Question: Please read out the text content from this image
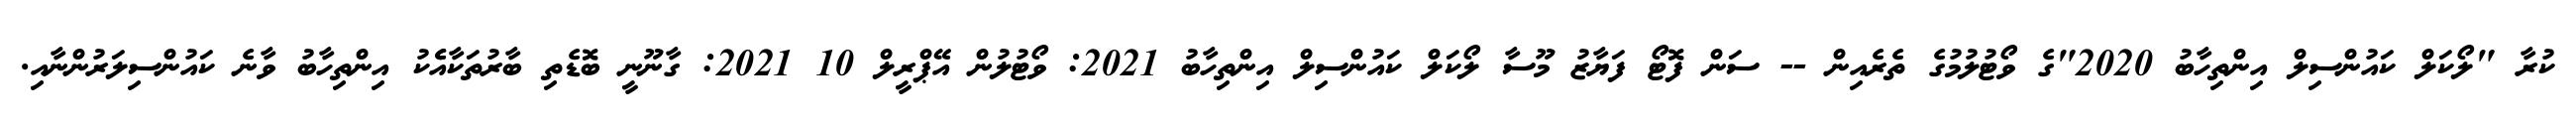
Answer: ކުރާ "ލޯކަލް ކައުންސިލް އިންތިހާބު 2020"ގެ ވޯޓުލުމުގެ ތެރެއިން -- ސަން ފޮޓޯ ފަޔާޒު މޫސާ ލޯކަލް ކައުންސިލް އިންތިހާބު 2021: ވޯޓުލުން އޭޕްރީލް 10 2021: ގާނޫނީ ބޮޑެތި ބާރުތަކާއެެކު އިންތިހާބު ވާނެ ކައުންސިލަރުންނާއި.